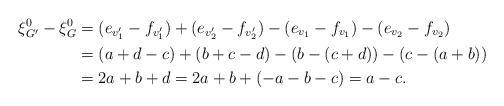
LaTeX: \begin{align*}\xi^0_{G^{\prime}}-\xi^0_G &=(e_{v^{\prime}_1}-f_{v^{\prime}_1})+(e_{v^{\prime}_2}-f_{v^{\prime}_2})-(e_{v_1}-f_{v_1})-(e_{v_2}-f_{v_2}) \\&=(a+d-c)+(b+c-d)-(b-(c+d))-(c-(a+b)) \\&=2a+b+d=2a+b+(-a-b-c)=a-c.\end{align*}